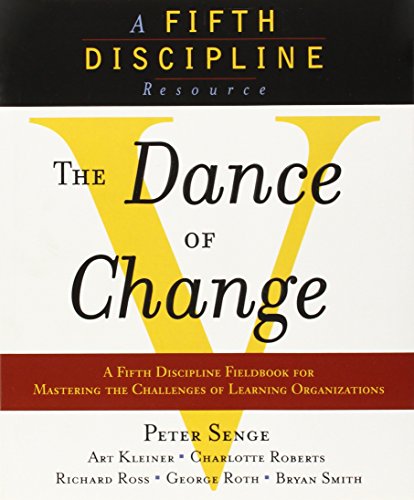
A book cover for The Dance of Change: The challenges to sustaining momentum in a learning organization (The Fifth Discipline); Peter M. Senge; Business & Money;